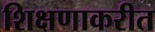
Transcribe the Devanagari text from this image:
शिक्षणाकरीत